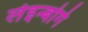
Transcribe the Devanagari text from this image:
लेइन्बोर्ग